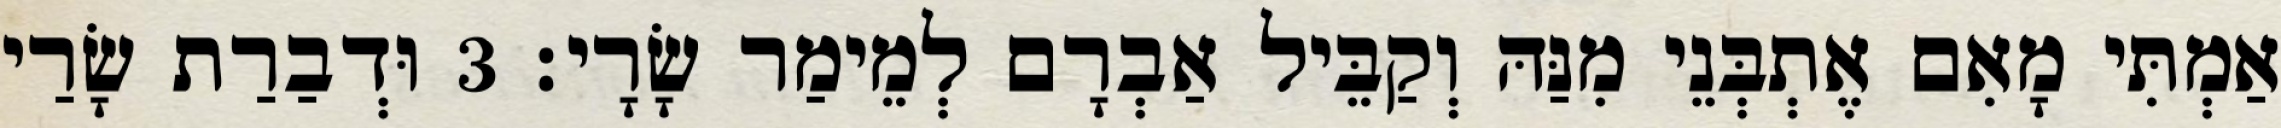
אַמְתִּי מָאִם אֶתְבְּנֵי מִנַּהּ וְקַבֵּיל אַבְרָם לְמֵימַר שָׂרָי׃ 3 וּדְבַרַת שָׂרַי